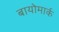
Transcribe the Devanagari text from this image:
बायोमार्क